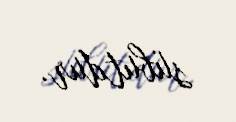
sübutdur.